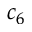
c _ { 6 }